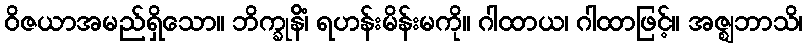
ဝိဇယာအမည်ရှိသော။ ဘိက္ခုနိံ၊ ရဟန်းမိန်းမကို။ ဂါထာယ၊ ဂါထာဖြင့်။ အဇ္ဈဘာသိ၊